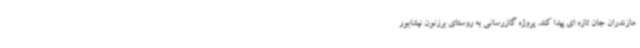
مازندران جان تازه ای پیدا کند. پروژه گازرسانی به روستای برزنون نیشابور